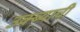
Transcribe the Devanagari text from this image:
उक्ब्याची